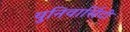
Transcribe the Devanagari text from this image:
युनिवार्सिटी